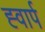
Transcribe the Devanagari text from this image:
ह्वार्प